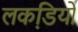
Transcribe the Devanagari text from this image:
लकडि़यों